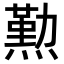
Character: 𤏊